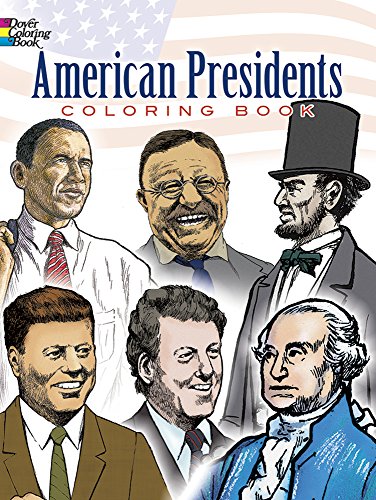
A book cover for American Presidents Coloring Book (Dover History Coloring Book); Children's Books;